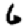
Digit: 6